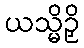
ယသ္မိဉှိ